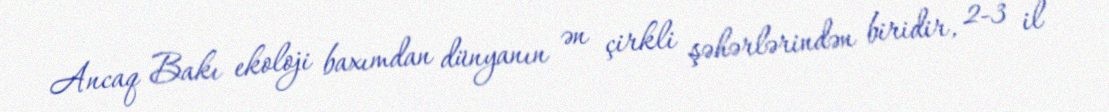
Ancaq Bakı ekoloji baxımdan dünyanın ən çirkli şəhərlərindən biridir, 2-3 il